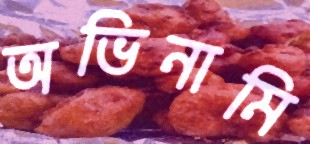
অভিনামি